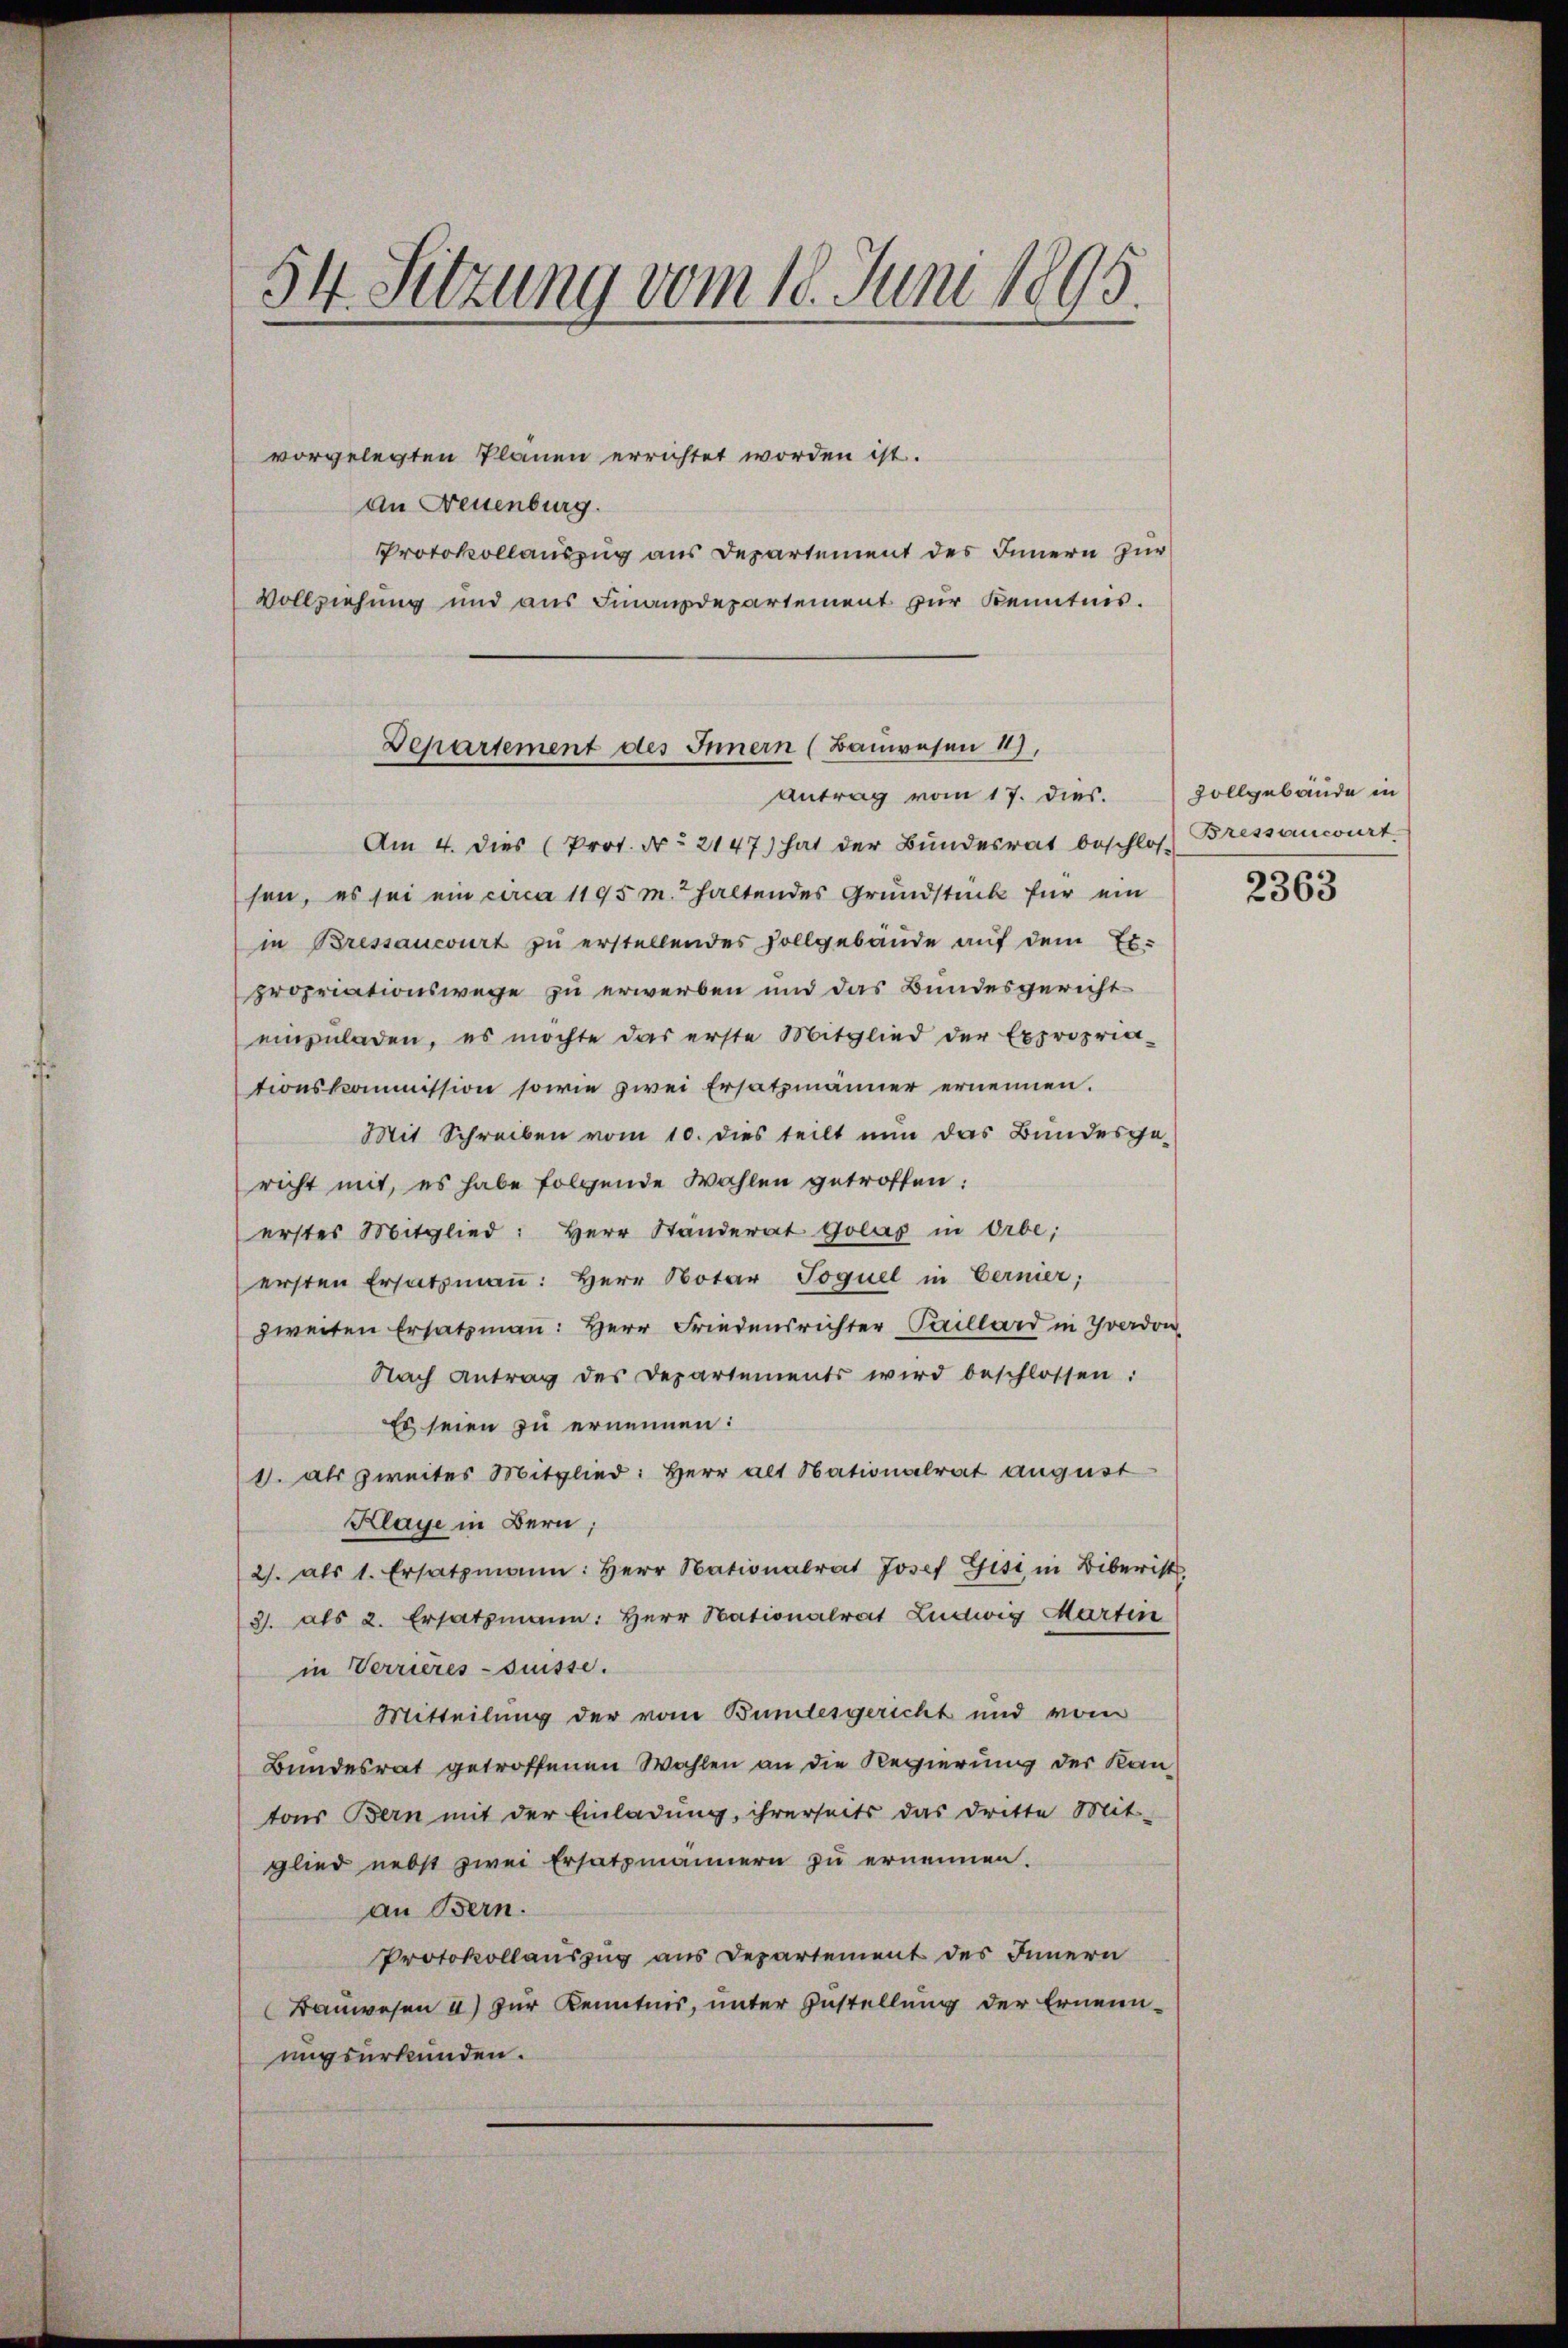
54. Sitzung vom 10. Juni 1895.

vorgelegten Planen errichtet worden ist.
an Neuenburg.
Protokollauszug aus Departement des Innern zur
Vollziehung und aus Finanzdepartement zur Kenntnis.

Departement des Innern (Bauwesen 1),
Antrag vom 17. dies.

Am 4. dies (Prot. Nr. 2147) hat der Bundesrat beschlos
sen, es sei ein circa 1195 m. haltendes Grundstück für ein
in Bressancourt zu erstellendes Vollgebäude auf dem Ex-
propriationswege zu erwerben und das Bundesgericht
einzuladen, es möchte das erste Mitglied der Expropria-
tionskommission sowie zwei Ersatzmänner ernennen.
Mit Schreiben vom 10. dies teilt nun das Bundesge-
richt mit, es habe folgende Wahlen getroffen:
erstes Mitglied: Herr Standerat Glas in Orbe;
ersten Ersatzmaṅ: Herr Notar Joquel in Berner;
zweiten Ersatzmann: Herr Friedensrichter Paillard in Yverdon
Nach Antrag des Departements wird beschlossen:
Es seien zu ernennen:
1. als zweites Mitglied: Herr Alt Nationalrat august
Klage in Bern;
2/. als 1. Ersatzmann: Herr Nationalrat Josef Gisi in Biberist,
3/. als 2. Ersatzmann: Herr Nationalrat Ludwig Martin
in Verrieres-Suisse.
Mitteilung der vom Bundesgericht und vom
Bundesrat getroffenen Wahlen an die Regierung der Kan-
tons Bern mit der Einladŭng, ihrerseits das dritte Mit-
glied nebst zwei Ersatzmännern zu ernennen.
an Bern.
Protokollauszug aus Departement des Innern
Bauwesen a) zur Kenntnis, unter Zustellung der Ernennungsurkunden.

Zollgebäude in
Bressancourt

2363